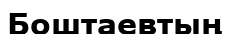
Боштаевтың